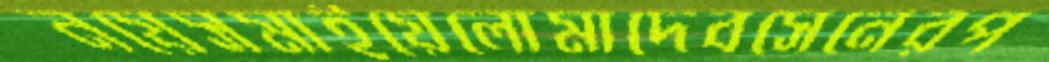
নয়েসমাইয়েলোমাদেবসেনেরপ